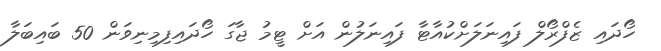
ހޯދައި ޒެފްރޯލް ފައިނަލަށްކުއާޓާ ފައިނަލުން އަށް ޓީމު ޖާގަ ހޯދައިފިމިނިވަން 50 ބައިބަލާ